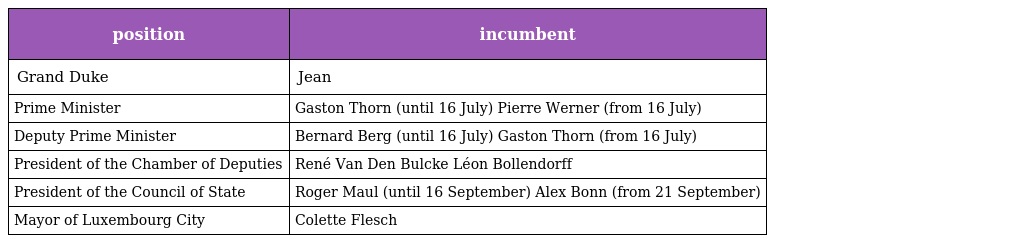
| position | incumbent |
 | --- | --- |
 | Grand Duke | Jean |
 | Prime Minister | Gaston Thorn (until 16 July) Pierre Werner (from 16 July) |
 | Deputy Prime Minister | Bernard Berg (until 16 July) Gaston Thorn (from 16 July) |
 | President of the Chamber of Deputies | René Van Den Bulcke Léon Bollendorff |
 | President of the Council of State | Roger Maul (until 16 September) Alex Bonn (from 21 September) |
 | Mayor of Luxembourg City | Colette Flesch |